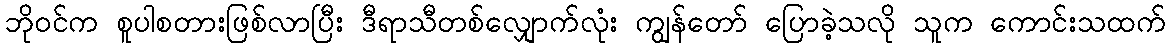
ဘိုဝင်က စူပါစတားဖြစ်လာပြီး ဒီရာသီတစ်လျှောက်လုံး ကျွန်တော် ပြောခဲ့သလို သူက ကောင်းသထက်